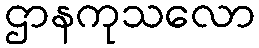
ဌာနကုသလော